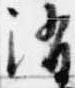
消